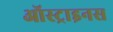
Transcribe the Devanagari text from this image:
ऑस्ट्राइनस